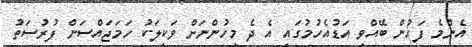
އެންމެ ފަހުން ބޭއްވި އަޑުއެހުމުގައި އެ ދެ މީހުންނަށް ވަކީލަކު ހަމަޖައްސަން ފުރުސަތު